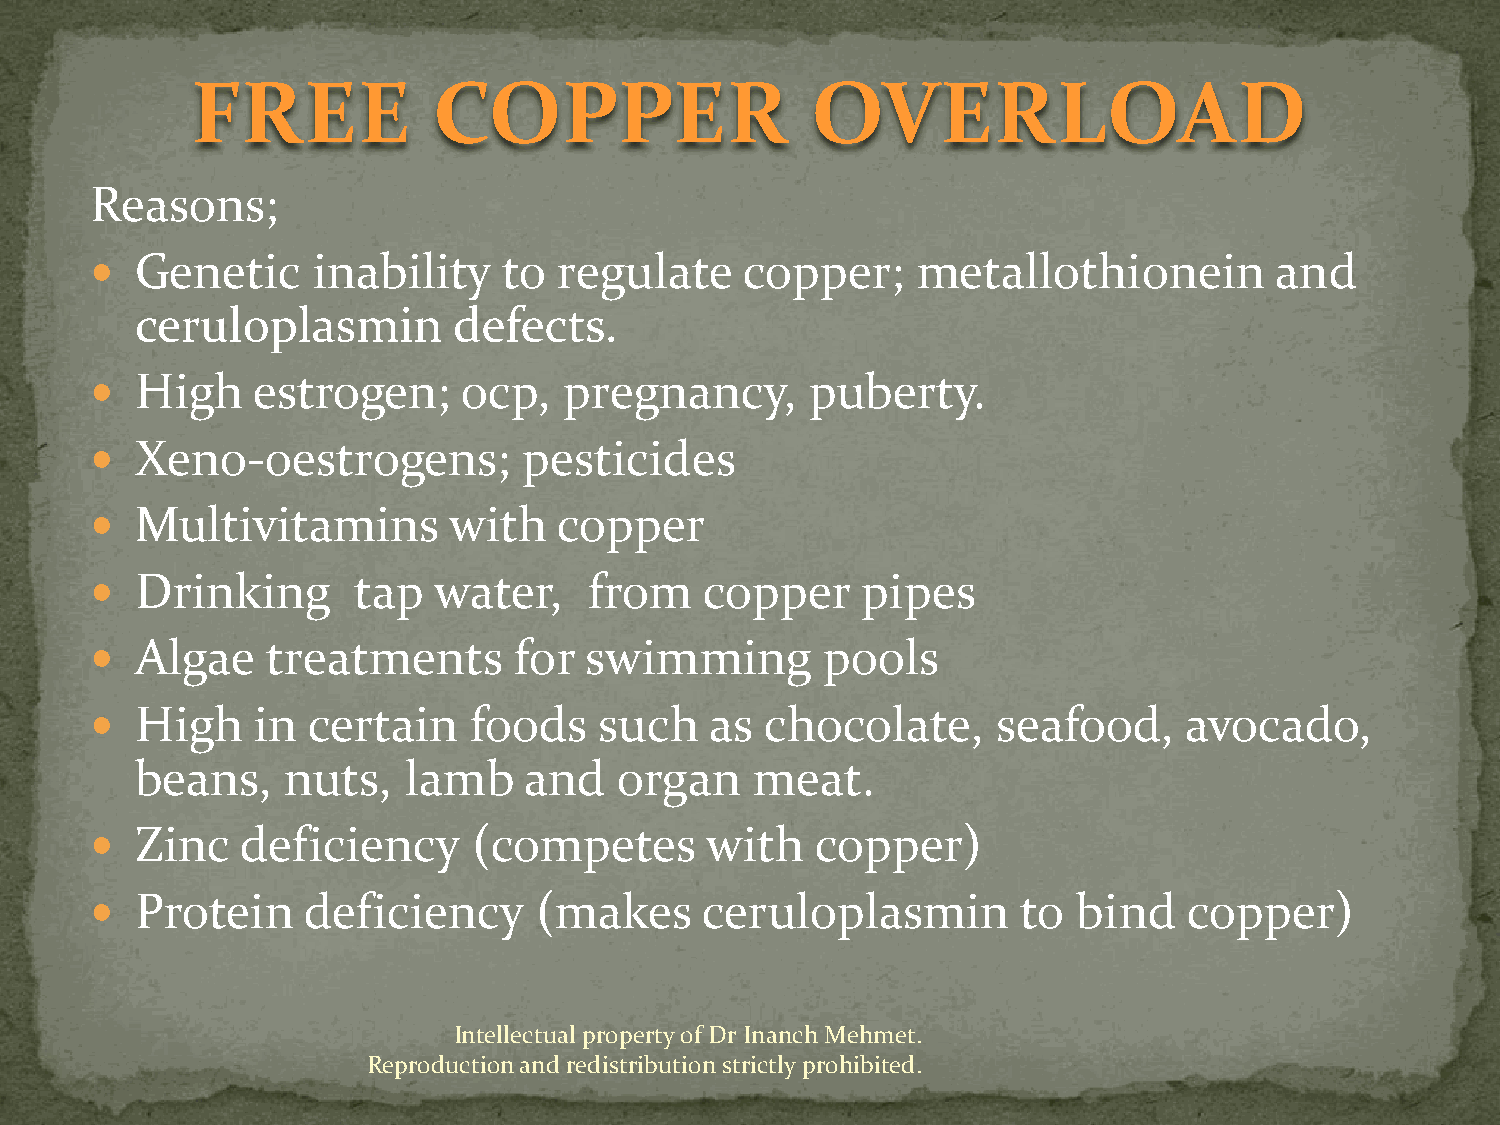
FREE            COPPER                   OVERLOAD
 Reasons;
   Genetic     inability   to  regulate    copper;     metallothionein        and
 ceruloplasmin        defects.
   High    estrogen;     ocp,  pregnancy,       puberty.
   Xeno-oestrogens;          pesticides
   Multivitamins        with   copper
   Drinking      tap   water,    from    copper    pipes
   Algae    treatments      for  swimming        pools
   High    in certain    foods    such   as  chocolate,     seafood,    avocado,
 beans,    nuts,   lamb    and   organ    meat.
   Zinc   deficiency     (competes       with   copper)
   Protein    deficiency      (makes    ceruloplasmin         to bind    copper)
 Intellectual property of Dr Inanch Mehmet.
 Reproduction and redistribution strictly prohibited.